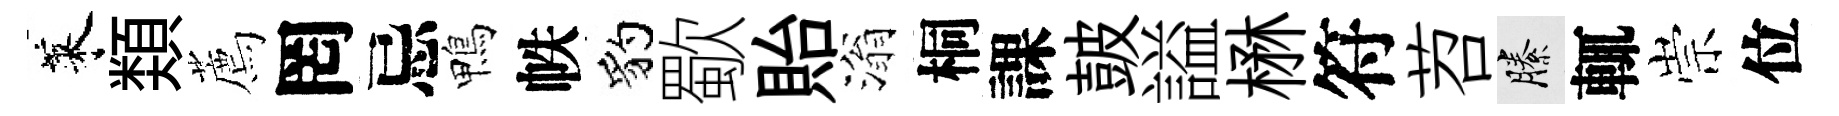
萊𩔖薦罔忌鴨帙豹歜貽滃桐課皷謚楙符苕縢輒崇位